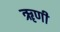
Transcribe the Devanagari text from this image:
ॠणी